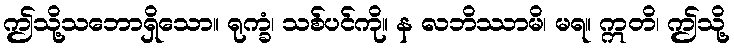
ဤသို့သဘောရှိသော။ ရုက္ခံ၊ သစ်ပင်ကို။ န လဘိဿာမိ၊ မရ။ ဣတိ၊ ဤသို့